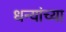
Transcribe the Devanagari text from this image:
धन्यांच्या